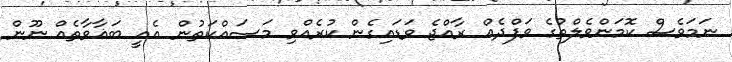
ނަމަވެސް ކޮމަންވެލްތުގެ ވަފްދެއް ރާއްޖެ ވަޑައިގެން ކުރެއްވި މަސައްކަތުން އެއީ ބަޣާވާތެއް ނޫން